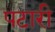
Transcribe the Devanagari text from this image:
पटारी